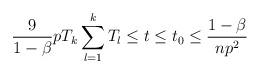
LaTeX: \begin{align*}\frac{9}{1-\beta} p T_k \sum_{l=1}^kT_l \leq t \leq t_0 \leq \frac{1-\beta}{np^2} \end{align*}